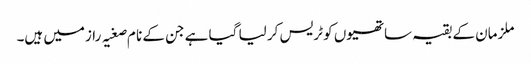
ملزمان کے بقیہ ساتھیوں کو ٹریس کر لیا گیا ہے جن کے نا م صغیہ رازمیں ہیں۔